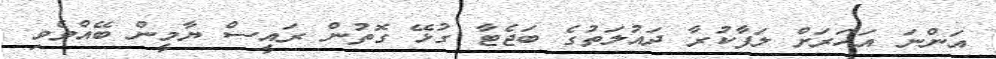
އަންނަ އަހަރަށް ލަފާކުރާ ދައުލަތުގެ ބަޖެޓާ ގުޅޭ ގޮތުން ރައީސް ޔާމީން ބޭއްވެވި